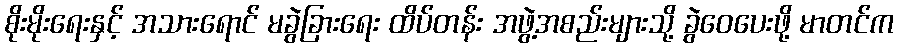
စိုးမိုးရေးနှင့် အသားရောင် မခွဲခြားရေး ထိပ်တန်း အဖွဲ့အစည်းများသို့ ခွဲဝေပေးဖို့ မာတင်က